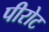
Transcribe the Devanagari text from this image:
पीरोट